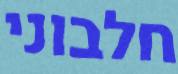
חלבוני